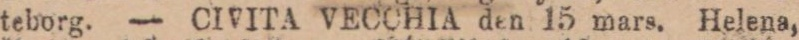
teborg. — CIVITA VECCHIA den 15 mars. Helena,